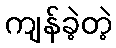
ကျန်ခဲ့တဲ့